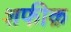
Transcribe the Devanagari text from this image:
शफीक़